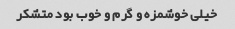
خیلی خوشمزه و گرم و خوب بود متشکر